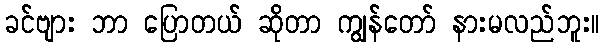
ခင်ဗျား ဘာ ပြောတယ် ဆိုတာ ကျွန်တော် နားမလည်ဘူး။